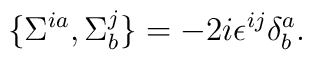
\{\Sigma^{ia},\Sigma^{j}_b\}=-2i\epsilon^{ij}\delta^a_b.